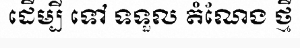
ដើម្បី ទៅ ទទួល តំណែង ថ្មី